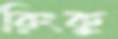
রিংকু